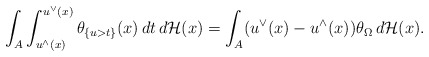
\begin{align*}\int_A\int_{u^{\wedge}(x)}^{u^{\vee}(x)}\theta_{\{u>t\}}(x)\,dt\,d\mathcal H(x)=\int_A(u^{\vee}(x)-u^{\wedge}(x))\theta_{\Omega}\,d\mathcal H(x).\end{align*}